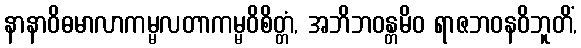
နာနာဝိဓမာလာကမ္မလတာကမ္မဝိစိတ္တံ, အဘိဘဝန္တမိဝ ရာဇဘဝနဝိဘူတိံ,